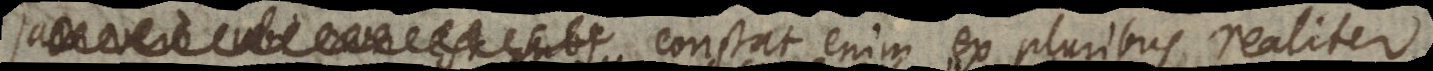
Jam vero ubi non est subs Constat enim ex pluribus realiter